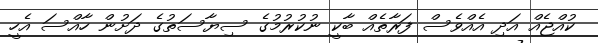
ކުއްޖެއް އަދި އެއްވެސް ފަރާތެއް ބާކީ ނުކުރުމުގެ ސިޔާސަތުގެ ދަށުން ހާއްސަ އެހީ